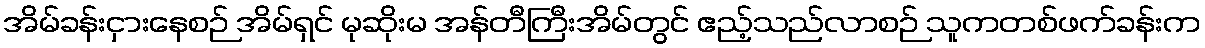
အိမ်ခန်းငှားနေစဉ် အိမ်ရှင် မုဆိုးမ အန်တီကြီးအိမ်တွင် ဧည့်သည်လာစဉ် သူကတစ်ဖက်ခန်းက